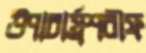
উপাচার্য্রশরীফ